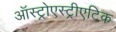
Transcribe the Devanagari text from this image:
ऑस्ट्रोएस्ट्रीएटिक